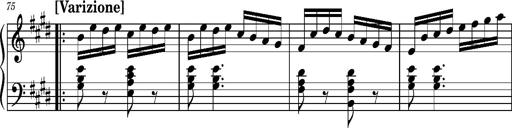
Title: Ungarischer Romanzero
Composer: Franz Liszt